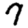
Digit: 7